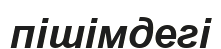
пішімдегі